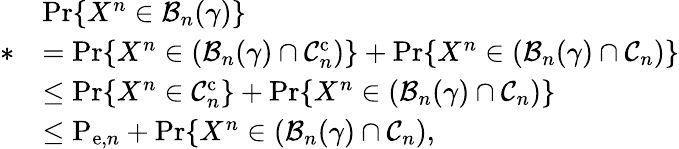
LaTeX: \begin{array}{rl}&{\operatorname*{Pr}\{ X^{n}\in\mathcal{B}_{n}(\gamma)\} }\\ {*}&{=\operatorname*{Pr}\{ X^{n}\in(\mathcal{B}_{n}(\gamma)\cap\mathcal{C}_{n}^{\mathrm{c}})\} +\operatorname*{Pr}\{ X^{n}\in(\mathcal{B}_{n}(\gamma)\cap\mathcal{C}_{n})\} }\\ &{\leq\operatorname*{Pr}\{ X^{n}\in\mathcal{C}_{n}^{\mathrm{c}}\} +\operatorname*{Pr}\{ X^{n}\in(\mathcal{B}_{n}(\gamma)\cap\mathcal{C}_{n})\} }\\ &{\leq\mathrm{P}_{\mathrm{e},n}+\operatorname*{Pr}\{ X^{n}\in(\mathcal{B}_{n}(\gamma)\cap\mathcal{C}_{n}),}\end{array}